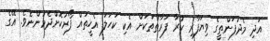
އަދި މެދުފަންތީގެ ވިޔަފާރި ކުރާ ފަރާތްތަކަށް އެކި ކަހަލަ އެހީތައް ފޯރުކޮށްދެމުންނެވެ. އޭގެ